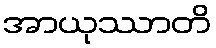
အာယုဿာတိ